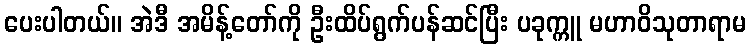
ပေးပါတယ်။ အဲဒီ အမိန့်တော်ကို ဦးထိပ်ရွက်ပန်ဆင်ပြီး ပခုက္ကူ မဟာဝိသုတာရာမ